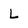
Character: L